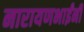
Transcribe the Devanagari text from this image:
नारायणभाईंनी